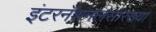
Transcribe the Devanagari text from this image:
इंटरनॅशनलसारख्या